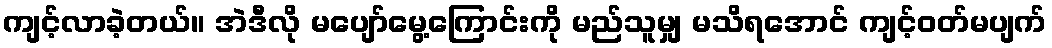
ကျင့်လာခဲ့တယ်။ အဲဒီလို မပျော်မွေ့ကြောင်းကို မည်သူမျှ မသိရအောင် ကျင့်ဝတ်မပျက်